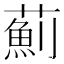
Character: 薊